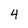
Character: 4